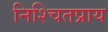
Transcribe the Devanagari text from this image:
निश्चितप्राय